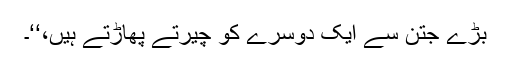
بڑے جتن سے ایک دوسرے کو چیرتے پھاڑتے ہیں،‘‘۔